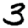
Digit: 3